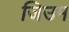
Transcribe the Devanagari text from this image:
जिउम